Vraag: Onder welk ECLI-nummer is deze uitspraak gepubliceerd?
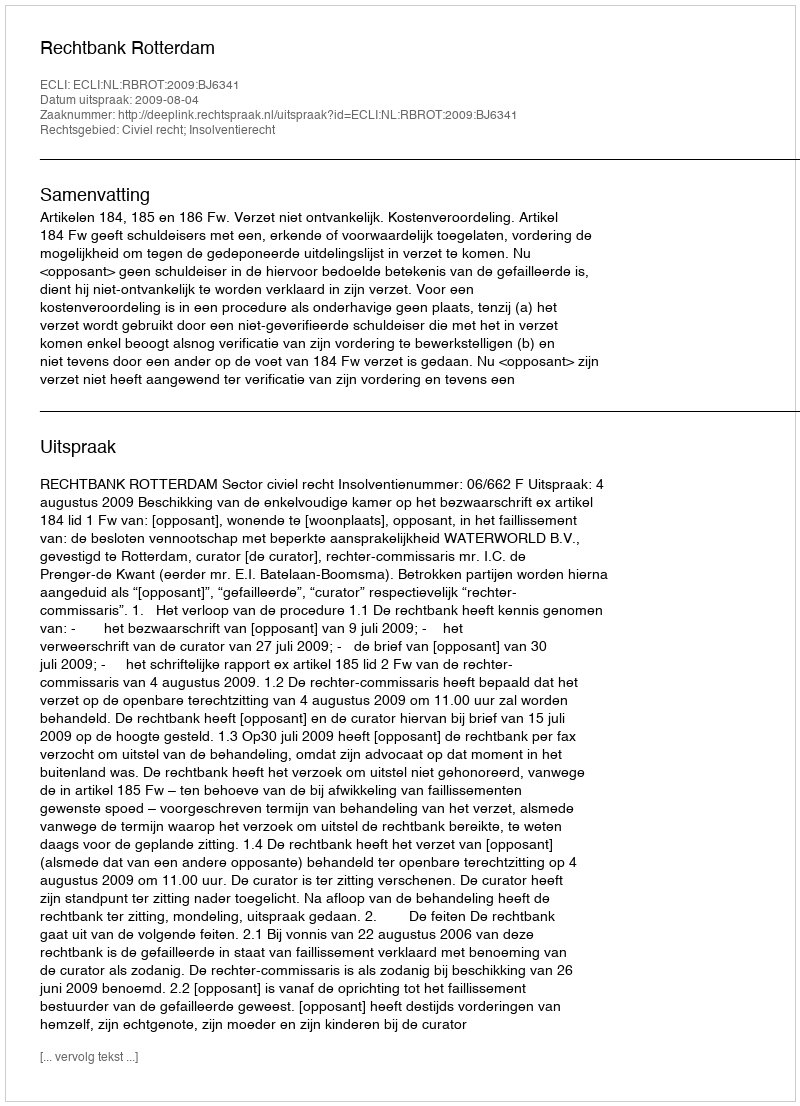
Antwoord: ECLI:NL:RBROT:2009:BJ6341